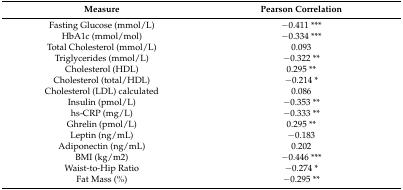
<table><thead><tr><td><b>Measure</b></td><td><b>Pearson Correlation</b></td></tr></thead><tbody><tr><td>Fasting Glucose (mmol/L)</td><td>−0.411 ***</td></tr><tr><td>HbA1c (mmol/mol)</td><td>−0.334 ***</td></tr><tr><td>Total Cholesterol (mmol/L)</td><td>0.093</td></tr><tr><td>Triglycerides (mmol/L)</td><td>−0.322 **</td></tr><tr><td>Cholesterol (HDL)</td><td>0.295 **</td></tr><tr><td>Cholesterol (total/HDL)</td><td>−0.214 *</td></tr><tr><td>Cholesterol (LDL) calculated</td><td>0.086</td></tr><tr><td>Insulin (pmol/L)</td><td>−0.353 **</td></tr><tr><td>hs-CRP (mg/L)</td><td>−0.333 **</td></tr><tr><td>Ghrelin (pmol/L)</td><td>0.295 **</td></tr><tr><td>Leptin (ng/mL)</td><td>−0.183</td></tr><tr><td>Adiponectin (ng/mL)</td><td>0.202</td></tr><tr><td>BMI (kg/m2)</td><td>−0.446 ***</td></tr><tr><td>Waist-to-Hip Ratio</td><td>−0.274 *</td></tr><tr><td>Fat Mass (%)</td><td>−0.295 **</td></tr></tbody></table>